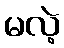
မလဲ့